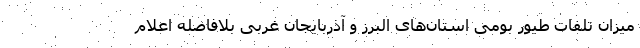
میزان تلفات طیور بومی استان‌های البرز و آذربایجان غربی بلافاصله اعلام